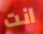
انت